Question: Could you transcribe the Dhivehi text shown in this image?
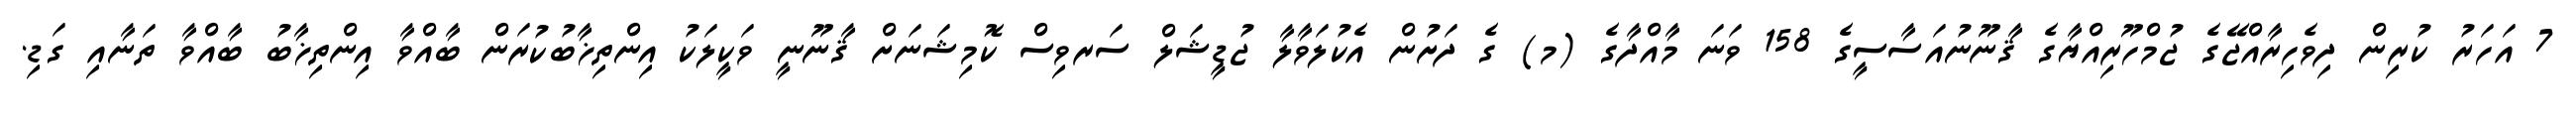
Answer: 7 އަހަރު ކުރިން ދިވެހިރާއްޖޭގެ ޖުމްހޫރިއްޔާގެ ޤާނޫނުއަސާސީގެ 158 ވަނަ މާއްދާގެ (މ) ގެ ދަށުން އެކުލަވާލާ ޖުޑީޝަލް ސަރވިސް ކޮމިޝަނަށް ޤާނޫނީ ވަކީލަކު އިންތިޚާބުކުރަން ބާއްވާ އިންތިޚާބު ބާއްވާ ތަނާއި ގަޑި.